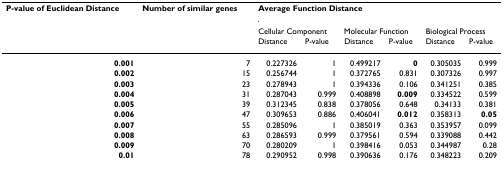
<table><thead><tr><td><b>P-value of Euclidean Distance</b></td><td><b>Number of similar genes</b></td><td colspan="6"><b>Average Function Distance</b></td></tr><tr><td></td><td></td><td colspan="2"><b>Cellular Component</b></td><td colspan="2"><b>Molecular Function</b></td><td colspan="2"><b>Biological Process</b></td></tr><tr><td></td><td></td><td><b>Distance</b></td><td><b>P-value</b></td><td><b>Distance</b></td><td><b>P-value</b></td><td><b>Distance</b></td><td><b>P-value</b></td></tr></thead><tbody><tr><td><b>0.001</b></td><td>7</td><td>0.227326</td><td>1</td><td>0.499217</td><td><b>0</b></td><td>0.305035</td><td>0.999</td></tr><tr><td><b>0.002</b></td><td>15</td><td>0.256744</td><td>1</td><td>0.372765</td><td>0.831</td><td>0.307326</td><td>0.997</td></tr><tr><td><b>0.003</b></td><td>23</td><td>0.278943</td><td>1</td><td>0.394336</td><td>0.106</td><td>0.341251</td><td>0.385</td></tr><tr><td><b>0.004</b></td><td>31</td><td>0.287043</td><td>0.999</td><td>0.408898</td><td><b>0.009</b></td><td>0.334522</td><td>0.599</td></tr><tr><td><b>0.005</b></td><td>39</td><td>0.312345</td><td>0.838</td><td>0.378056</td><td>0.648</td><td>0.34133</td><td>0.381</td></tr><tr><td><b>0.006</b></td><td>47</td><td>0.309653</td><td>0.886</td><td>0.406041</td><td><b>0.012</b></td><td>0.358313</td><td><b>0.05</b></td></tr><tr><td><b>0.007</b></td><td>55</td><td>0.285096</td><td>1</td><td>0.385019</td><td>0.363</td><td>0.353957</td><td>0.099</td></tr><tr><td><b>0.008</b></td><td>63</td><td>0.286593</td><td>0.999</td><td>0.379561</td><td>0.594</td><td>0.339088</td><td>0.442</td></tr><tr><td><b>0.009</b></td><td>70</td><td>0.280209</td><td>1</td><td>0.398416</td><td>0.053</td><td>0.344987</td><td>0.28</td></tr><tr><td><b>0.01</b></td><td>78</td><td>0.290952</td><td>0.998</td><td>0.390636</td><td>0.176</td><td>0.348223</td><td>0.209</td></tr></tbody></table>